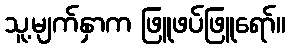
သူ့မျက်နှာက ဖြူဖပ်ဖြူရော်။